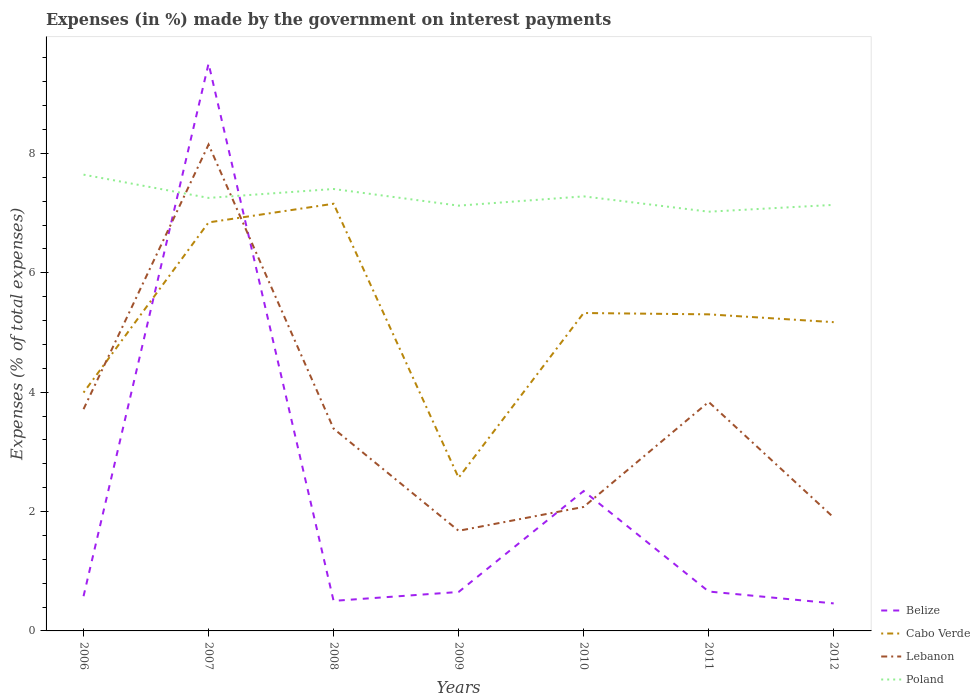
| Years | Belize | Cabo Verde | Lebanon | Poland |
 | --- | --- | --- | --- | --- |
 | 2006 | 0.582 | 3.99 | 3.72 | 7.64 |
 | 2007 | 9.51 | 6.84 | 8.15 | 7.26 |
 | 2008 | 0.503 | 7.16 | 3.39 | 7.4 |
 | 2009 | 0.652 | 2.57 | 1.68 | 7.13 |
 | 2010 | 2.34 | 5.33 | 2.08 | 7.28 |
 | 2011 | 0.66 | 5.3 | 3.84 | 7.02 |
 | 2012 | 0.461 | 5.17 | 1.9 | 7.14 |